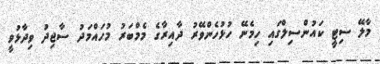
މާލޭ ސިޓީ ކައުންސިލްގައި ހިމެނޭ ހުޅުހެންވޭރު ދާއިރާގެ މެމްބަރު މުހައްމަދު ސާޖިދު ވިދާޅުވީ